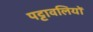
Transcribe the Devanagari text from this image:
पट्टावलियों